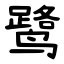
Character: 鹭